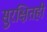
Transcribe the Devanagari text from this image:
सुरक्षितही